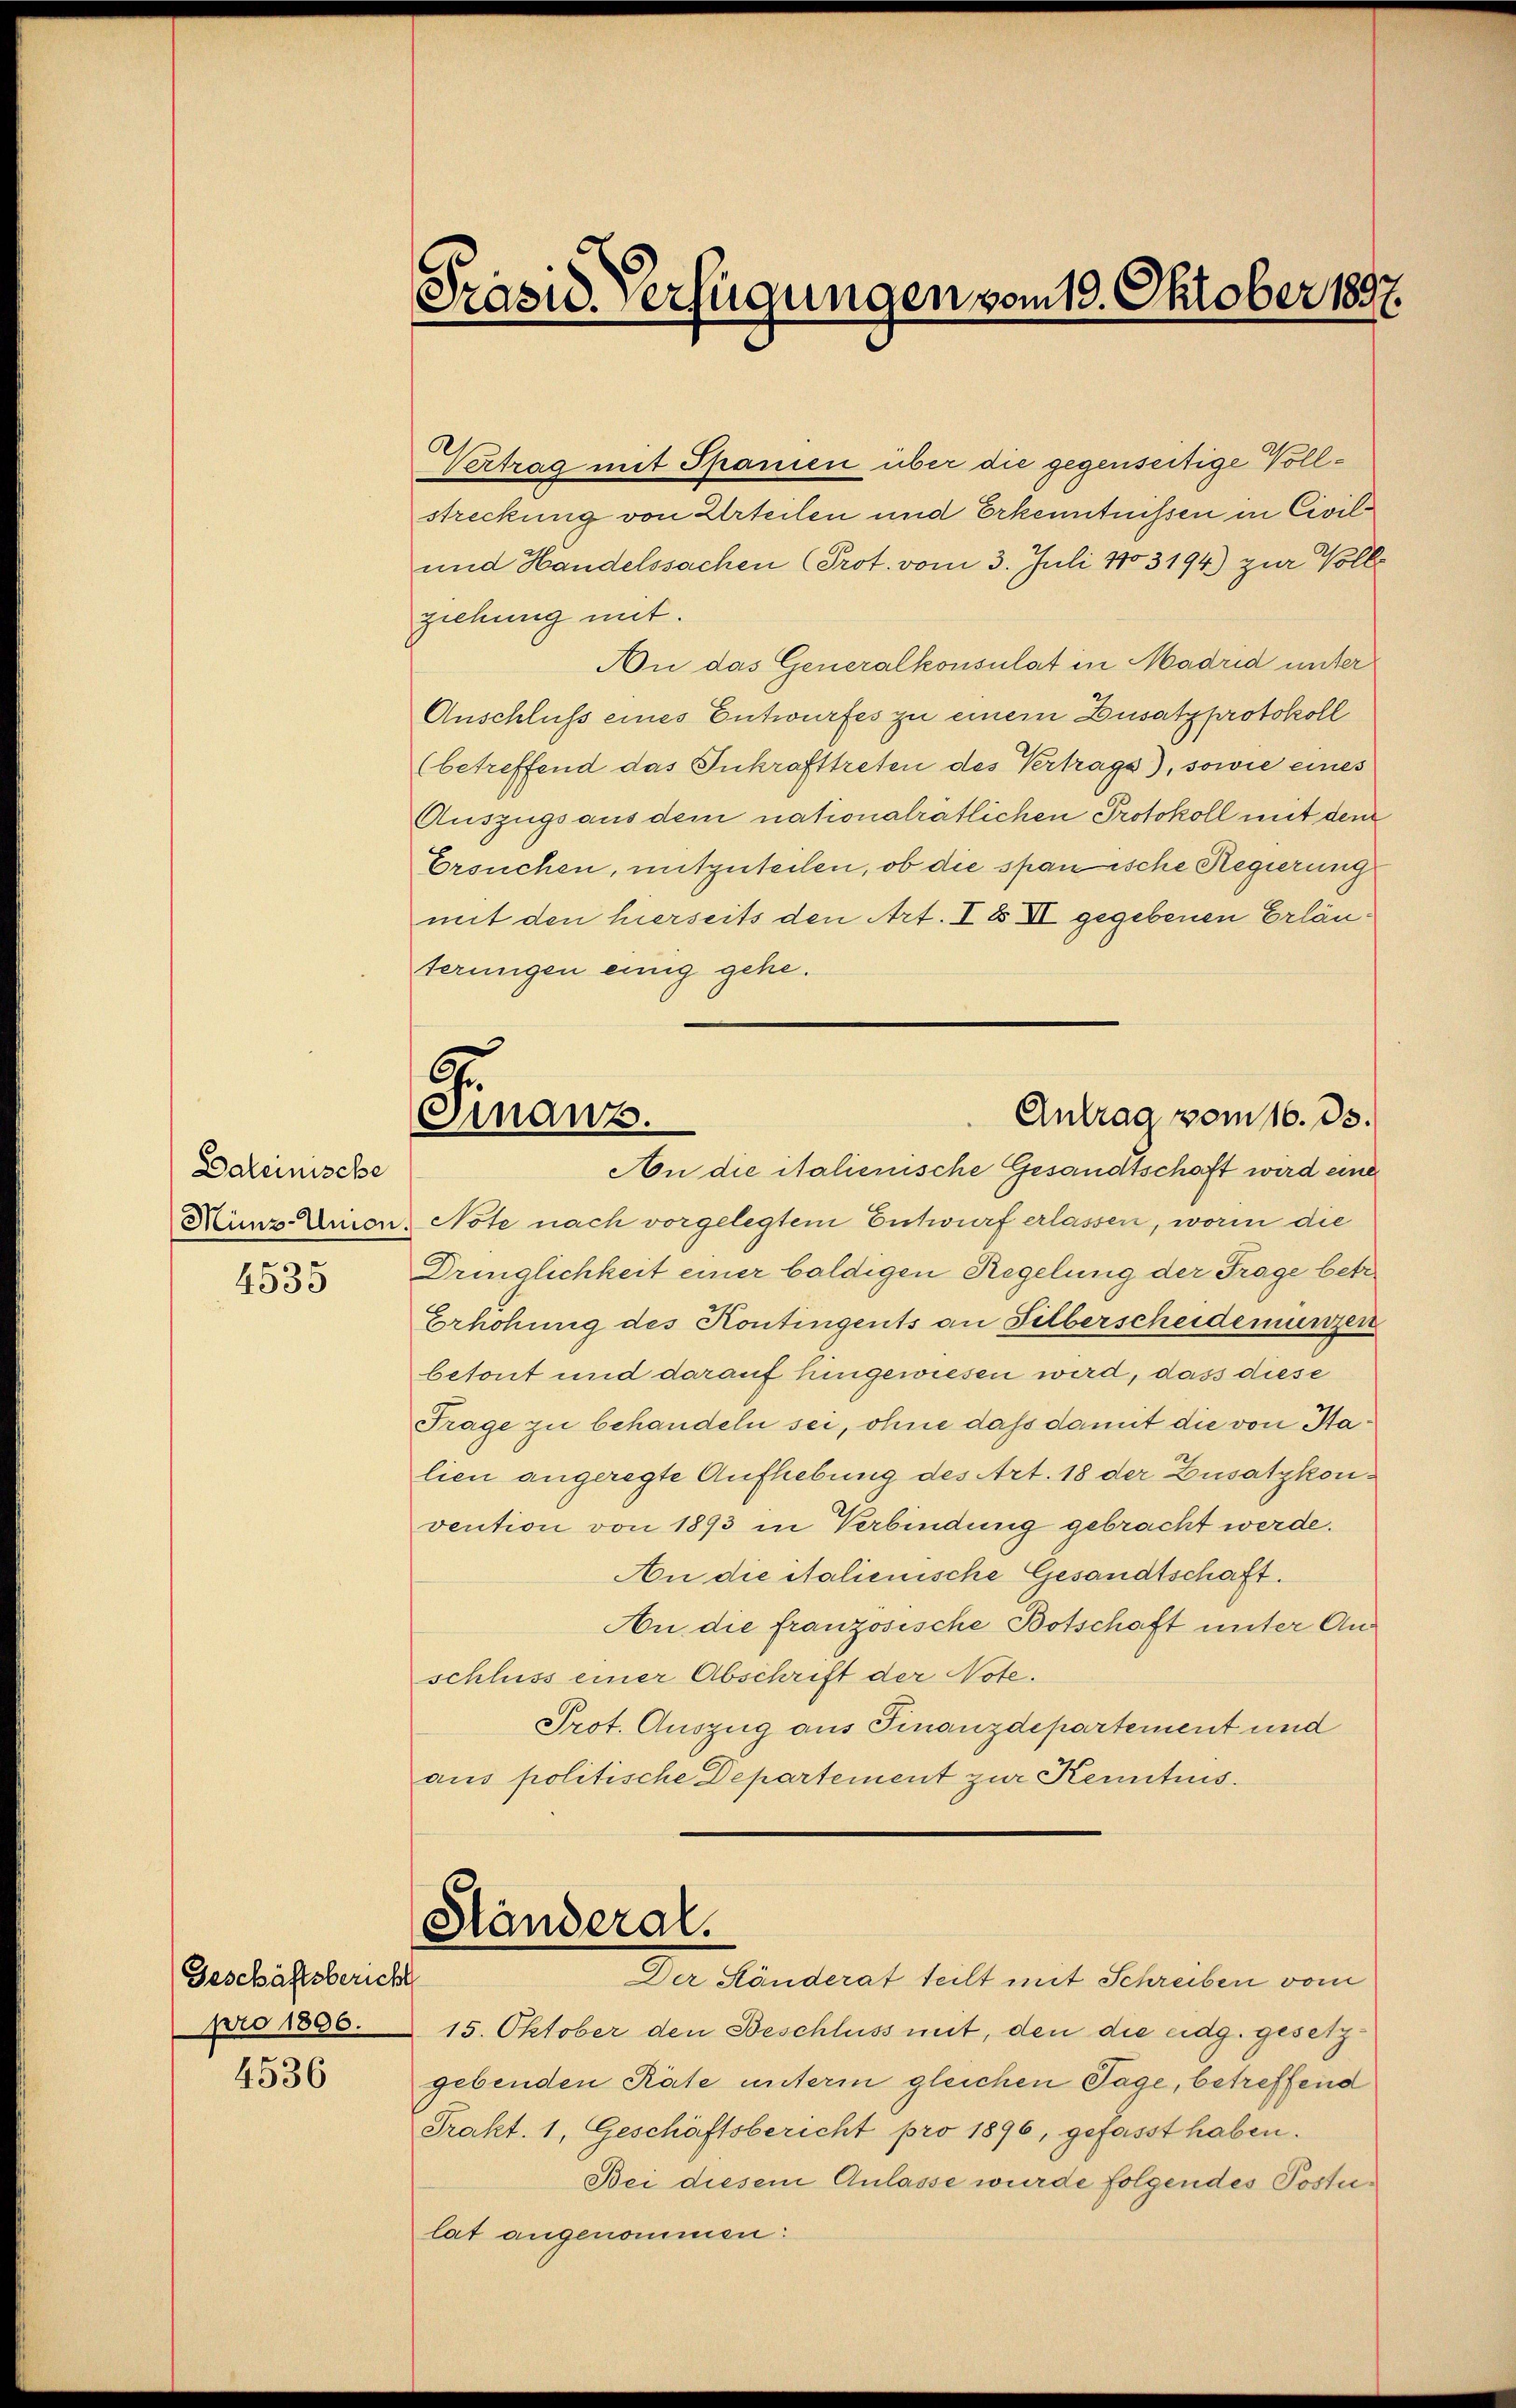
Daleinische

4535

Geschäftsbericht
pro 1806.

4536

Präsid. Verfügungen vom 19. Oktober 1897.

Finanz.
Antrag vom 16. ds.
An die italienische Gesandtschaft wird eine

Vertrag mit Spanien über die gegenseitige Vollstreckung von Urteilen und Erkenntnissen in Civil¬
und Handelssachen (Prot. vom 3. Juli 1803194) zur Volle
ziehung mit.
Au das Generalkonsulat in Madrid unter
Anschluss eines Entwurfes zu einem Zusatzprotokoll
(betreffend das Inkrafttreten des Vertrags), sowie eines
Auszugs aus dem nationalrätlichen Protokoll mit dem
Ersuchen, mitzuteilen, ob die spanische Regierung
mit den hierseits den Art. I 8 XI gegebenen Erläuterungen einig gehe.
Minz Annon, Note nach vorgelegtem Entwurf erlassen, worin die
Dringlichkeit einer baldigen Regelung der Frage betr.
Erhöhung des Kontingents an Silberscheidemünzen
betont und darauf hingewiesen wird, dass diese
Trage zu behandeln sei, ohne dass damit die von Halien angeregte Aufhebung des Art. 18 der Zusatzkonvention von 1893 in Verbindung gebracht werde.
An die italienische Gesandtschaft.
An die französische Botschaft unter Anschluss einer Abschrift der Note.
Prot. Auszug aus Finanzdepartement und
aus politische Departement zur Kenntnis.

Ständeral.

Der Ständerat teilt mit Schreiben vom
15. Oktober den Beschluss mit, den die eidg. gesetzgebenden Räte unterm gleichen Tage, betreffend
Prakt. 1, Geschäftsbericht pro 1896, gefasst haben.
Bei diesem Anlasse wurde folgendes Postulat angenommen: